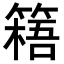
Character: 𥲐